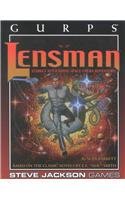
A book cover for GURPS Lensman; Sean Barrett; Science Fiction & Fantasy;